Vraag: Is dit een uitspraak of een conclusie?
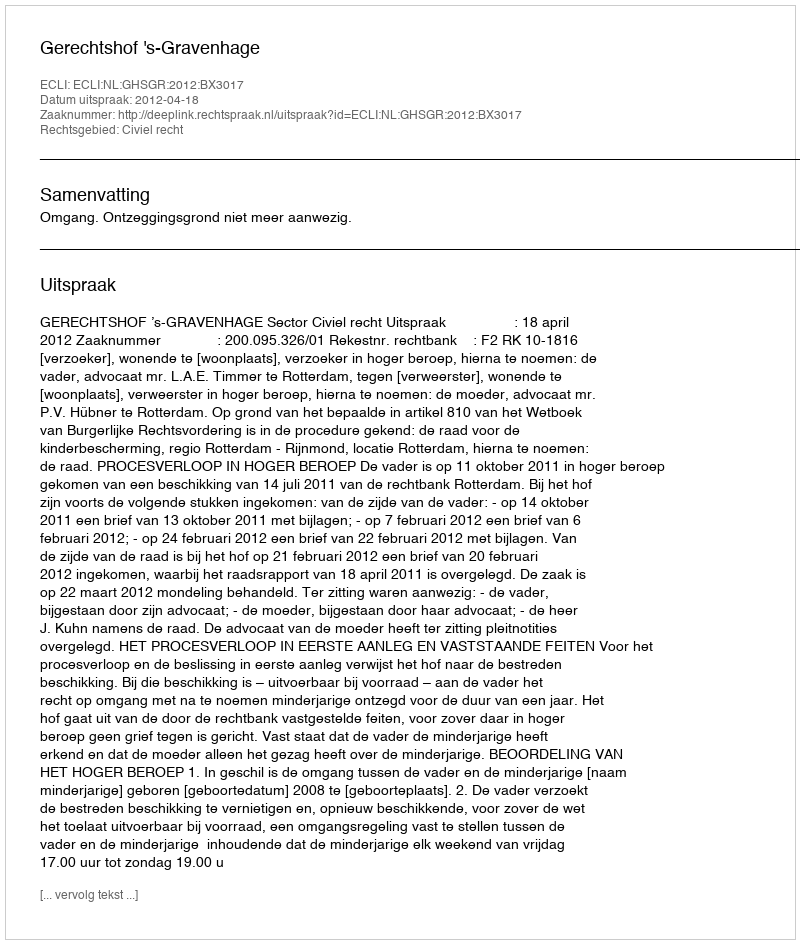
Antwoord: Uitspraak